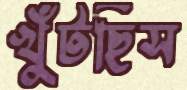
খুঁটছিস